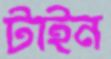
টাইন